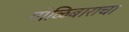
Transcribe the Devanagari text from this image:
गोळिबाराचा